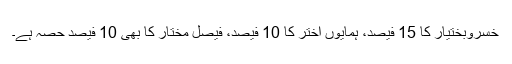
خسروبختیار کا 15 فیصد، ہمایوں اختر کا 10 فیصد، فیصل مختار کا بھی 10 فیصد حصہ ہے۔